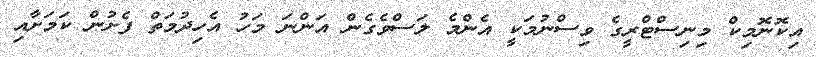
އިކޮނޮމިކް މިނިސްޓްރީގެ ވިސްނުމަކީ އެންމެ ލަސްވެގެން އަންނަ މަހު އެހިދުމަތް ފެށުން ކަމަށާއި